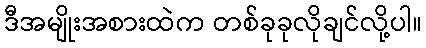
ဒီအမျိုးအစားထဲက တစ်ခုခုလိုချင်လို့ပါ။